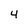
Character: 4